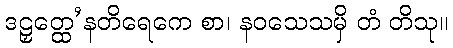
ဒဠှတ္ထေ’နတိရေကေ စာ၊ နဝသေသမှိ တံ တိသု။